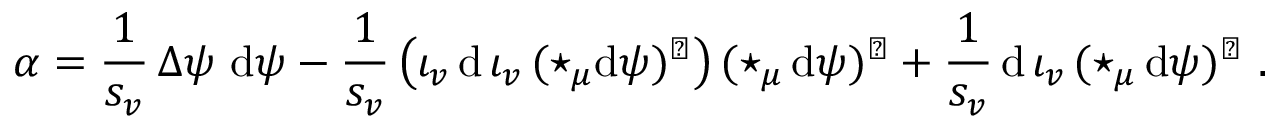
\alpha = \frac 1 { s _ { v } } \, \Delta \psi \ \mathrm { d } \psi - \frac 1 { s _ { v } } \, \big ( \iota _ { v } \, \mathrm { d } \, \iota _ { v } \, ( \star _ { \mu } \mathrm { d } \psi ) ^ { \flat } \big ) \, ( \star _ { \mu } \, \mathrm { d } \psi ) ^ { \flat } + \frac 1 { s _ { v } } \, \mathrm { d } \, \iota _ { v } \, ( \star _ { \mu } \, \mathrm { d } \psi ) ^ { \flat } \ .